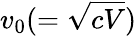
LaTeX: v_{0}(=\sqrt{cV})